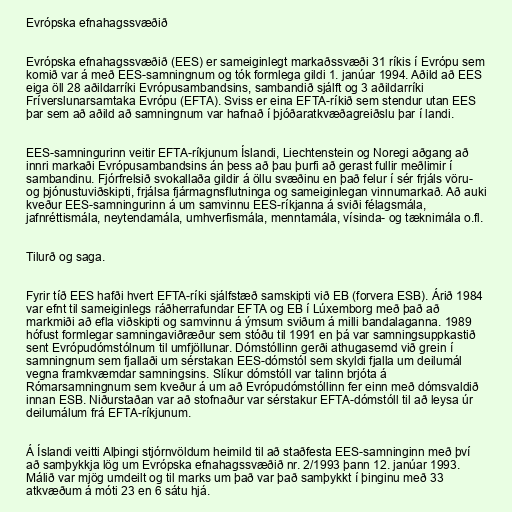
Evrópska efnahagssvæðið

Evrópska efnahagssvæðið (EES) er sameiginlegt markaðssvæði 31 ríkis í Evrópu sem
komið var á með EES-samningnum og tók formlega gildi 1. janúar 1994. Aðild að EES
eiga öll 28 aðildarríki Evrópusambandsins, sambandið sjálft og 3 aðildarríki
Fríverslunarsamtaka Evrópu (EFTA). Sviss er eina EFTA-ríkið sem stendur utan EES
þar sem að aðild að samningnum var hafnað í þjóðaratkvæðagreiðslu þar í landi.

EES-samningurinn veitir EFTA-ríkjunum Íslandi, Liechtenstein og Noregi aðgang að
innri markaði Evrópusambandsins án þess að þau þurfi að gerast fullir meðlimir í
sambandinu. Fjórfrelsið svokallaða gildir á öllu svæðinu en það felur í sér frjáls vöru-
og þjónustuviðskipti, frjálsa fjármagnsflutninga og sameiginlegan vinnumarkað. Að auki
kveður EES-samningurinn á um samvinnu EES-ríkjanna á sviði félagsmála,
jafnréttismála, neytendamála, umhverfismála, menntamála, vísinda- og tæknimála o.fl.

Tilurð og saga.

Fyrir tíð EES hafði hvert EFTA-ríki sjálfstæð samskipti við EB (forvera ESB). Árið 1984
var efnt til sameiginlegs ráðherrafundar EFTA og EB í Lúxemborg með það að
markmiði að efla viðskipti og samvinnu á ýmsum sviðum á milli bandalaganna. 1989
hófust formlegar samningaviðræður sem stóðu til 1991 en þá var samningsuppkastið
sent Evrópudómstólnum til umfjöllunar. Dómstóllinn gerði athugasemd við grein í
samningnum sem fjallaði um sérstakan EES-dómstól sem skyldi fjalla um deilumál
vegna framkvæmdar samningsins. Slíkur dómstóll var talinn brjóta á
Rómarsamningnum sem kveður á um að Evrópudómstóllinn fer einn með dómsvaldið
innan ESB. Niðurstaðan var að stofnaður var sérstakur EFTA-dómstóll til að leysa úr
deilumálum frá EFTA-ríkjunum.

Á Íslandi veitti Alþingi stjórnvöldum heimild til að staðfesta EES-samninginn með því
að samþykkja lög um Evrópska efnahagssvæðið nr. 2/1993 þann 12. janúar 1993.
Málið var mjög umdeilt og til marks um það var það samþykkt í þinginu með 33
atkvæðum á móti 23 en 6 sátu hjá.